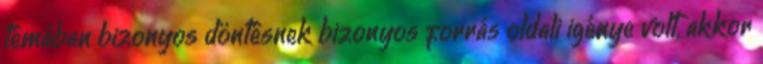
témában bizonyos döntésnek bizonyos forrás oldali igénye volt, akkor